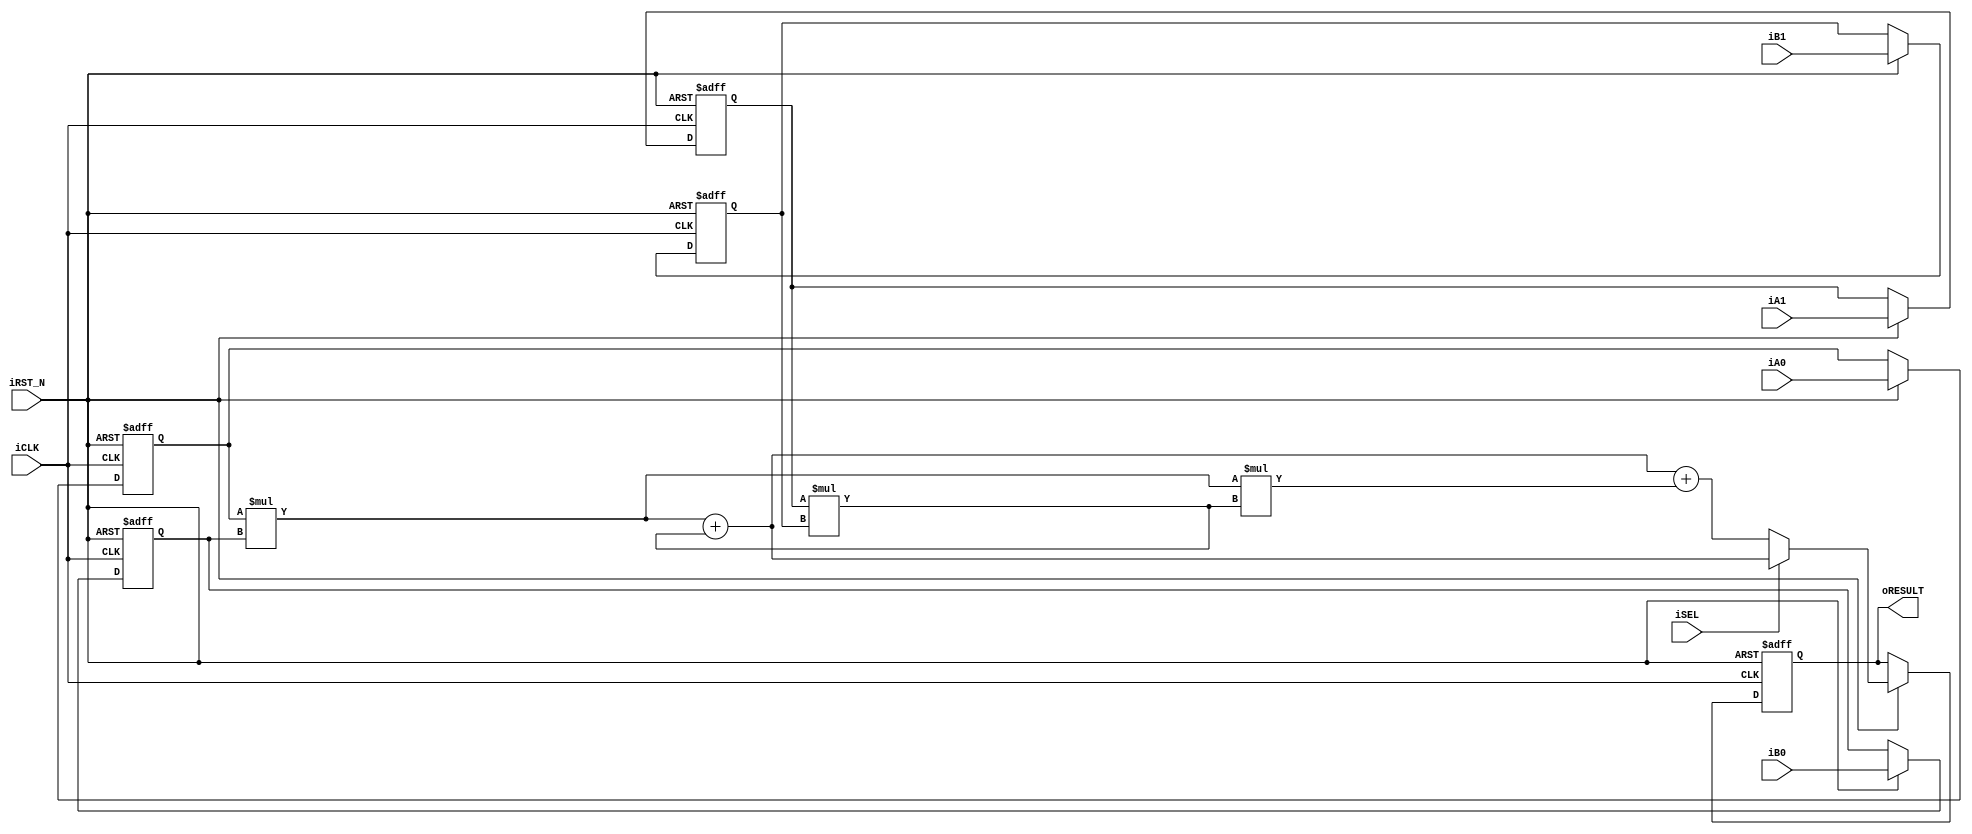
module ALT_MULTADD(iCLK, iRST_N, iSEL,  iA0, iA1, iB0, iB1, oRESULT);
input iCLK, iRST_N, iSEL;
input [7:0] iA0, iA1, iB0, iB1;
output reg [16:0] oRESULT;
reg  [7:0] A0, B0, A1, B1;
wire [16:0] re, AB0, AB1, AB01m, AB01p;

assign AB0= A0 * B0;
assign AB1= A1 * B1;
assign AB01m= AB0 * AB1;
assign AB01p= AB0 + AB1;

always @ (posedge iCLK or negedge iRST_N) 
	if (iRST_N ==0)
	begin
	A0<=8'h0;
	A1<=8'h0;
	B0<=8'h0;
	B1<=8'h0;
	oRESULT<=17'h0;
	end
	else if (iRST_N ==1)
	begin
	A0<=iA0;
	A1<=iA1;
	B0<=iB0;
	B1<=iB1;
	oRESULT<=re;
	end

assign re=iSEL?(AB01p):(AB01p+AB01m);

endmodule